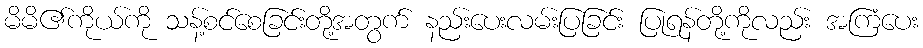
မိမိ၏ကိုယ်ကို သန့်စင်စေခြင်းတို့အတွက် နည်းပေးလမ်းပြခြင်း ပြုရန်တို့ကိုလည်း အကြံပေး